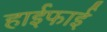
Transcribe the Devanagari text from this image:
हाईफाई